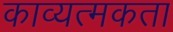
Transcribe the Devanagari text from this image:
काव्यत्मकता